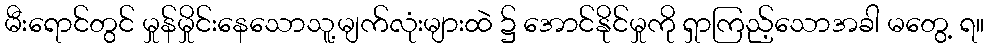
မီးရောင်တွင် မှုန်မှိုင်းနေသောသူ့မျက်လုံးများထဲ ၌ အောင်နိုင်မှုကို ရှာကြည့်သောအခါ မတွေ့ ရ။